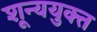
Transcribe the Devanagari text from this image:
शून्ययुक्त